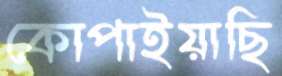
কোপাইয়াছি